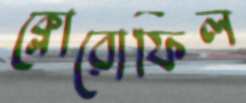
ক্লোরোফিল